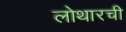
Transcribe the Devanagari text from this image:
लोथारची